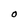
Character: O